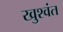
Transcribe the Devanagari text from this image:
खुश्वंत